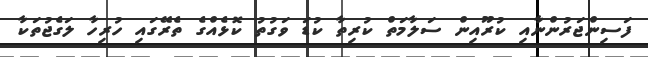
ފަސިންޖަރުންނާއި ކުރޫއިން ސަލާމަތް ކުރިތާ ކުޑަ ވަގުތު ކޮޅެއްގެ ތެރޭގައި ހުރިހާ ލަގެޖުތަކާ